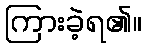
ကြားခဲ့ရ၏။